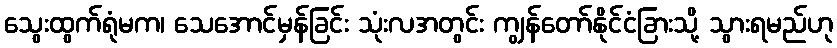
သွေးထွက်ရုံမက၊ သေအောင်မှန်ခြင်း သုံးလအတွင်း ကျွန်တော်နိုင်ငံခြားသို့ သွားရမည်ဟု